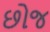
છોજ